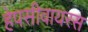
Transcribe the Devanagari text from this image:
हेपसीवायरस